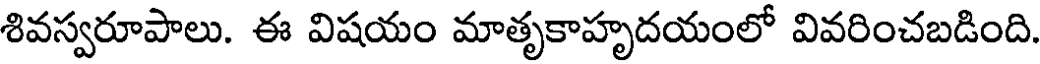
శివస్వరూపాలు. ఈ విషయం మాతృకాహృదయంలో వివరించబడింది